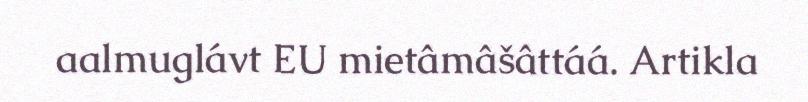
aalmuglávt EU mietâmâšâttáá. Artikla